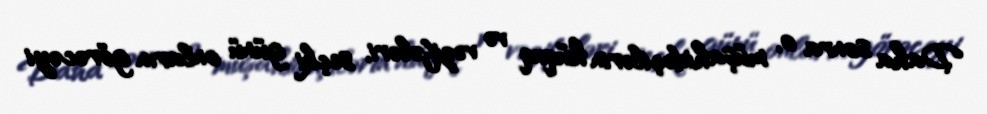
Daha sonra o, müşahidəçilərin hüquq və vəzifələri, seçki günü onların görəcəyi